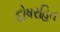
દોષરહિત